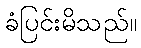
ခံပြင်းမိသည်။